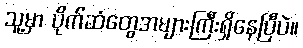
သူ့မှာ ပိုက်ဆံတွေအများကြီးရှိနေပြီပဲ။